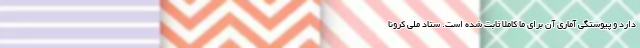
دارد و پیوستگی آماری آن برای ما کاملا ثابت شده است. ستاد ملی کرونا